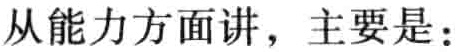
从能力方面讲，主要是：